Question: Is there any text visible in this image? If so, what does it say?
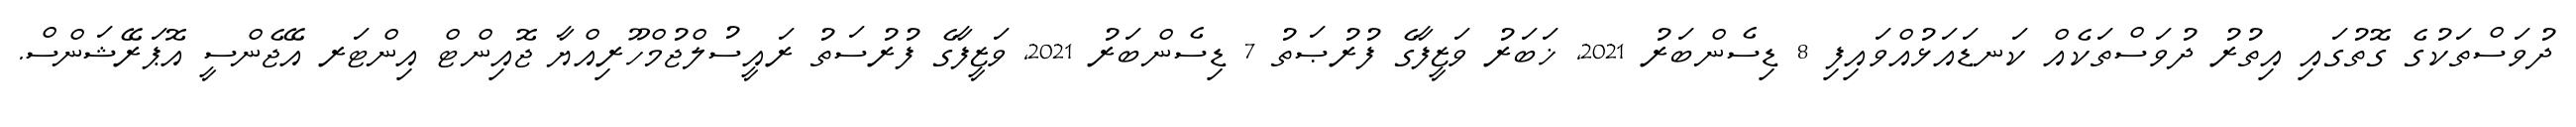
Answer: ދުވަސްތަކުގެ ގޮތުގައި އިތުރު ދުވަސްތަކެއް ކަނޑައަޅުއްވައިފި 8 ޑިސެންބަރު 2021, ޚަބަރު ވަޒީފާގެ ފުރުޞަތު 7 ޑިސެންބަރު 2021, ވަޒީފާގެ ފުރުސަތު ރައީސުލްޖުމްހޫރިއްޔާ ޖޮއިންޓް އިންޓަރ އޭޖެންސީ އޮޕަރޭޝަންސް.